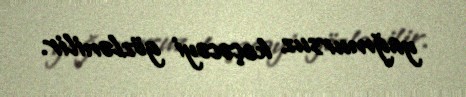
yağmursuz keçəcəyi gözlənilir.